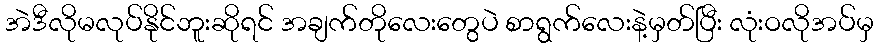
အဲဒီလိုမလုပ်နိုင်ဘူးဆိုရင် အချက်တိုလေးတွေပဲ စာရွက်လေးနဲ့မှတ်ပြီး လုံးဝလိုအပ်မှ